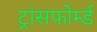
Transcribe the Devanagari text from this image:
ट्रांसफोर्म्ड